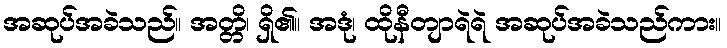
အဆုပ်အခဲသည်။ အတ္တိ၊ ရှိ၏။ အဒုံ၊ ထိုနီတျာရဲရဲ အဆုပ်အခဲသည်ကား။